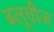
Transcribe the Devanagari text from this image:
बलूचीज